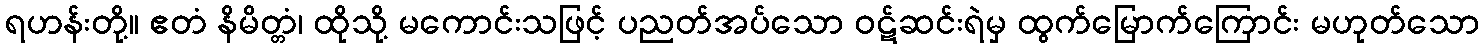
ရဟန်းတို့။ ဧတံ နိမိတ္တံ၊ ထိုသို့ မကောင်းသဖြင့် ပညတ်အပ်သော ဝဋ်ဆင်းရဲမှ ထွက်မြောက်ကြောင်း မဟုတ်သော